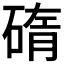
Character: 𥓿